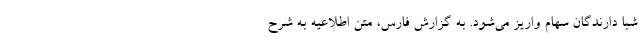
شبا دارندگان سهام واریز می‌شود. به گزارش فارس، متن اطلاعیه به شرح